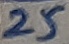
Text: 25